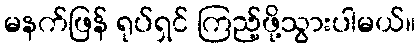
မနက်ဖြန် ရုပ်ရှင် ကြည့်ဖို့သွားပါမယ်။